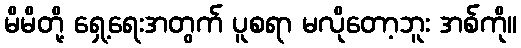
မိမိတို့ ရှေ့ရေးအတွက် ပူစရာ မလိုတော့ဘူး အစ်ကို။